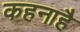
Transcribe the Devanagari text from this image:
कहनाहै